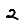
Digit: 2